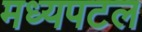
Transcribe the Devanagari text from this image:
मध्यपटल